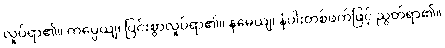
လှုပ်ရာ၏။ ကမ္ပေယျ၊ ပြင်းစွာလှုပ်ရာ၏။ နမေယျ၊ နံပါးတစ်ဖက်ဖြင့် ညွတ်ရာ၏။